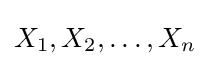
X_{1},X_{2},\dots ,X_{n}